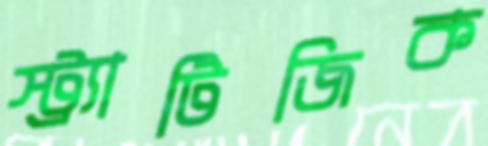
স্ট্র্যাটিজিক